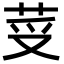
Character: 𦭼